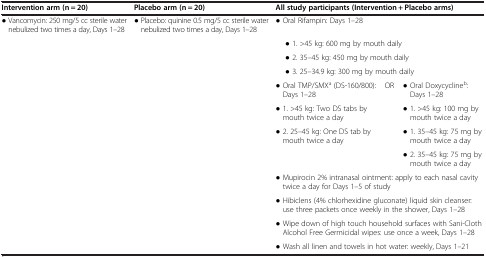
<table><thead><tr><td><b>Intervention arm (n = 20)</b></td><td><b>Placebo arm (n = 20)</b></td><td colspan="3"><b>All study participants (Intervention + Placebo arms)</b></td></tr></thead><tbody><tr><td>● Vancomycin: 250 mg/5 cc sterile water nebulized two times a day, Days 1–28</td><td>● Placebo: quinine 0.5 mg/5 cc sterile water nebulized two times a day, Days 1–28</td><td colspan="3">● Oral Rifampin: Days 1–28</td></tr><tr><td rowspan="3"> </td><td rowspan="3"> </td><td colspan="3">● 1. &gt;45 kg: 600 mg by mouth daily</td></tr><tr><td colspan="3">● 2. 35–45 kg: 450 mg by mouth daily</td></tr><tr><td colspan="3">● 3. 25–34.9 kg: 300 mg by mouth daily</td></tr><tr><td rowspan="4"> </td><td rowspan="4"> </td><td>● Oral TMP/SMX<sup>a</sup> (DS-160/800): Days 1–28</td><td rowspan="4">OR</td><td>● Oral Doxycycline<sup>b</sup>: Days 1–28</td></tr><tr><td>● 1. &gt;45 kg: Two DS tabs by mouth twice a day</td><td>● 1. &gt;45 kg: 100 mg by mouth twice a day</td></tr><tr><td>● 2. 25–45 kg: One DS tab by mouth twice a day</td><td>● 1. 35–45 kg: 75 mg by mouth twice a day</td></tr><tr><td> </td><td>● 2. 35–45 kg: 75 mg by mouth twice a day</td></tr><tr><td> </td><td> </td><td colspan="3">● Mupirocin 2% intranasal ointment: apply to each nasal cavity twice a day for Days 1–5 of study</td></tr><tr><td> </td><td> </td><td colspan="3">● Hibiclens (4% chlorhexidine gluconate) liquid skin cleanser: use three packets once weekly in the shower, Days 1–28</td></tr><tr><td> </td><td> </td><td colspan="3">● Wipe down of high touch household surfaces with Sani-Cloth Alcohol Free Germicidal wipes: use once a week, Days 1–28</td></tr><tr><td> </td><td> </td><td colspan="3">● Wash all linen and towels in hot water: weekly, Days 1–21</td></tr></tbody></table>